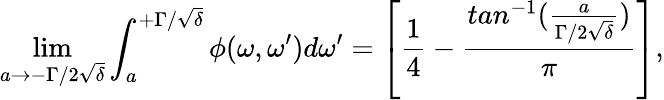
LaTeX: \operatorname*{lim}_{a\rightarrow-\Gamma/2\sqrt\delta}\int_{a}^{+\Gamma/\sqrt\delta}\phi(\omega,\omega^{\prime})d\omega^{\prime}=\left[\frac{1}{4}-\frac{tan^{-1}(\frac{a}{\Gamma/2\sqrt\delta})}{\pi}\right],